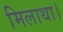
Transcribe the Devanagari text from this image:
मिलाथा।